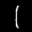
Label: 1